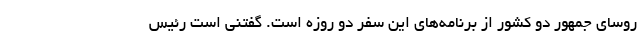
روسای جمهور دو کشور از برنامه‌های این سفر دو روزه است. گفتنی است رئیس